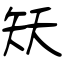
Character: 矨